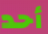
أحد